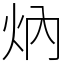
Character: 㶧